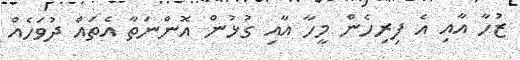
ޒުހާ އާއި އެ ފިރިހެން މީހާ އާއި ގުޅުން އޮންނަތާ އެތައް ދުވަހެއް